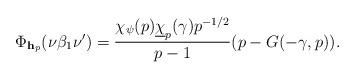
LaTeX: \begin{align*} \Phi_{\mathbf h_p}(\nu \beta_1\nu') = \frac{\chi_{\psi}(p)\underline{\chi}_p(\gamma) p^{-1/2}}{p-1}(p - G(-\gamma,p)).\end{align*}